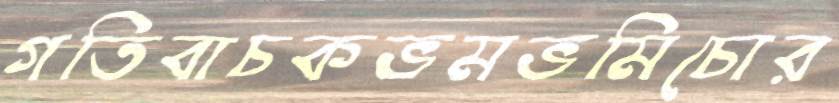
গতিবাচকভমভমিচোর